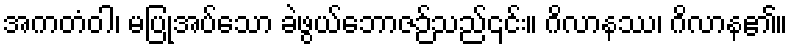
အကတံဝါ၊ မပြုအပ်သော ခဲဖွယ်ဘောဇဉ်သည်၎င်း။ ဂိလာနဿ၊ ဂိလာန၏။